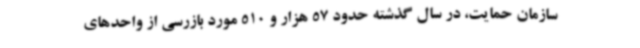
سازمان حمایت، در سال گذشته حدود 57 هزار و 510 مورد بازرسی از واحدهای